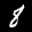
Label: 8